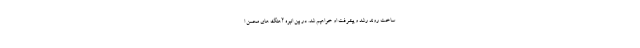
ساخت روند رشد و پیشرفت او خواهیم شد. در بین انبوه آهنگ های محسن ا